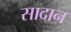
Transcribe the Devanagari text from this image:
सादान